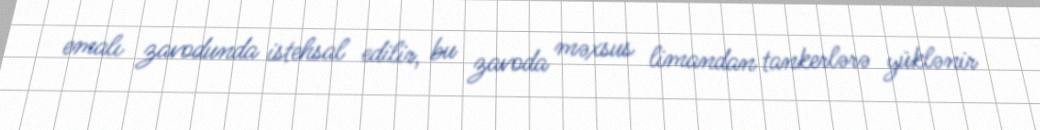
emalı zavodunda istehsal edilir, bu zavoda məxsus limandan tankerlərə yüklənir